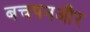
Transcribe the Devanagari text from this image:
बचपनऔर